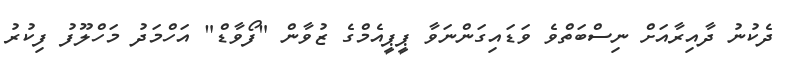
ދެކުނު ދާއިރާއަށް ނިސްބަތްވެ ވަޑައިގަންނަވާ ޕީޕީއެމްގެ ޒުވާން "ފޯވާޑް" އަހްމަދު މަހްލޫފު ފިކުރު